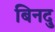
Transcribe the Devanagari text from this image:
बिनदु